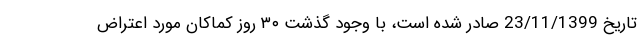
تاریخ 23/11/1399 صادر شده است، با وجود گذشت ۳۰ روز کماکان مورد اعتراض